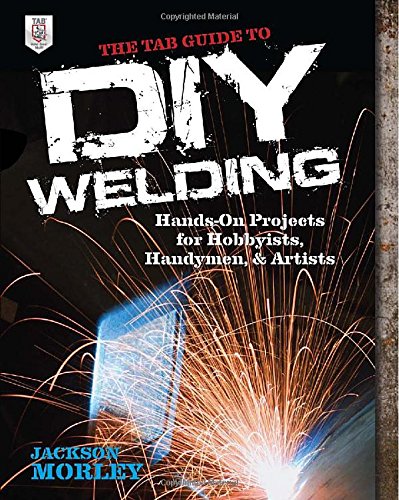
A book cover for The TAB Guide to DIY Welding: Hands-on Projects for Hobbyists, Handymen, and Artists; Jackson Morley; Engineering & Transportation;